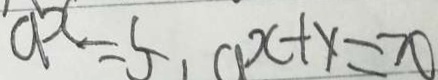
a ^ { x } = 5 , a ^ { x } + x = 7 0